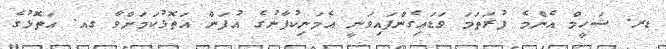
ޑރ. ޝަހީމް އެންމެ ފުރަތަމަ ވަޑައިގެންފައިވަނީ އެމަނިކުފާނުގެ އުފަން އަތޮޅުކަމަށްވާ ގއ. އަތޮޅުގެ